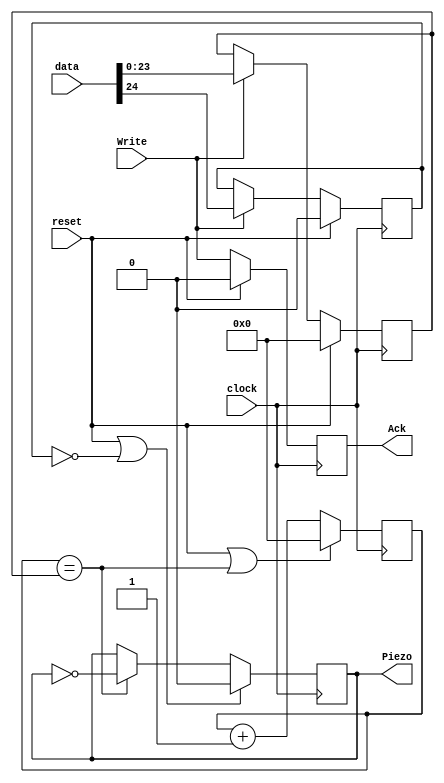
module Piezo_Driver(
    input  clock,
    input  reset,
    input  [24:0] data,
    input  Write,
    output reg Ack,
    output reg Piezo
    );

    reg [23:0] count;
    reg [23:0] compare;
    reg enabled;

    always @(posedge clock) begin
        count   <= (reset | (count == compare)) ? 24'h000000 : count + 1;
        compare <= (reset) ? 24'h000000 : ((Write) ? data[23:0] : compare);
        enabled <= (reset) ? 0 : ((Write) ? data[24] : enabled);
        Piezo   <= (reset | ~enabled) ? 0 : ((count == compare) ? ~Piezo : Piezo);
        Ack     <= (reset) ? 0 : Write;
    end

endmodule